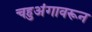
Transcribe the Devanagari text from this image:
चहुअंगावरून